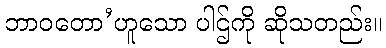
ဘာဝတော’ဟူသော ပါဌ်ကို ဆိုသတည်း။